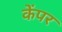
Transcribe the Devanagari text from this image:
केंपर